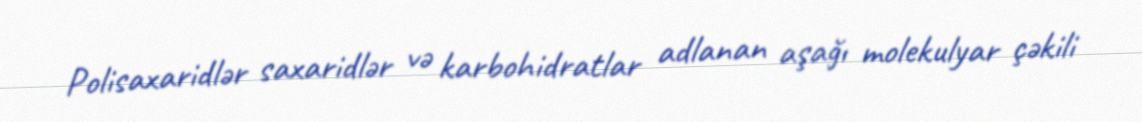
Polisaxaridlər saxaridlər və karbohidratlar adlanan aşağı molekulyar çəkili